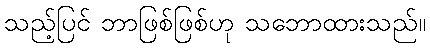
သည့်ပြင် ဘာဖြစ်ဖြစ်ဟု သဘောထားသည်။